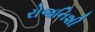
રોજનિશી